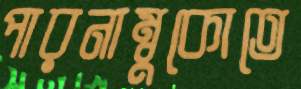
পারনাম্বুকোতে